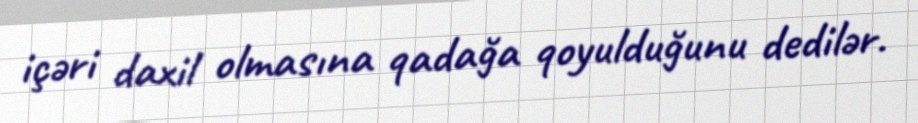
içəri daxil olmasına qadağa qoyulduğunu dedilər.